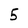
Character: 5